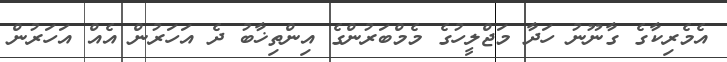
އެމެރިކާގެ ގާނޫނު ހަދާ މަޖްލީހުގެ މެމްބަރުންގެ އިންތިޚާބު ދެ އަހަރުން އެއް އަހަރުން